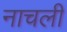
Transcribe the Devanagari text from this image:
नाचली